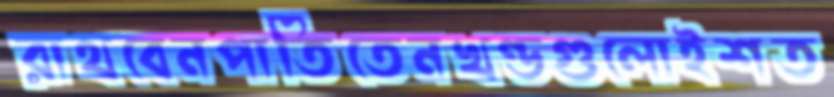
রাথবেনপাতিতেনখণ্ডগুলোইশত